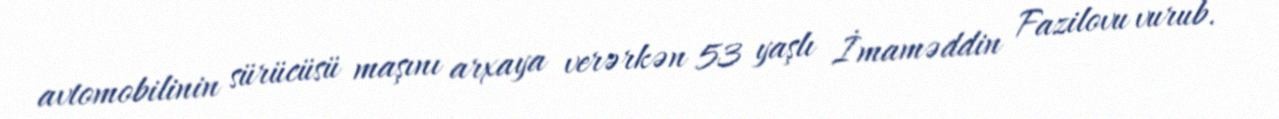
avtomobilinin sürücüsü maşını arxaya verərkən 53 yaşlı İmaməddin Fazilovu vurub.